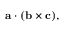
\mathbf { a } \cdot ( \mathbf { b } \times \mathbf { c } ) ,